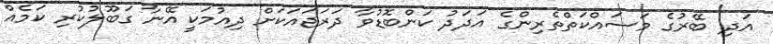
އަދި ބޭރުގެ މަސައްކަތްތެރިންގެ އަދަދު ކަންބޮޑުވާ ދަރަޖައަކަށް ދިއުމަކީ އޭނާ ގަބޫލުކުރި ކަމެއް